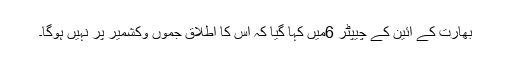
بھارت کے آئین کے چیپٹر 6میں کہا گیا کہ اس کا اطلاق جموں وکشمیر پر نہیں ہوگا۔